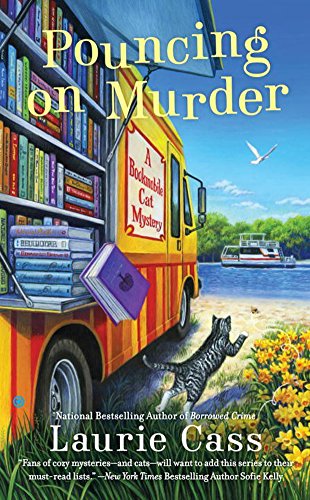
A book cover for Pouncing on Murder: A Bookmobile Cat Mystery; Laurie Cass; Mystery, Thriller & Suspense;